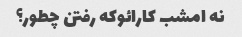
نه امشب کارائوکه رفتن چطور؟